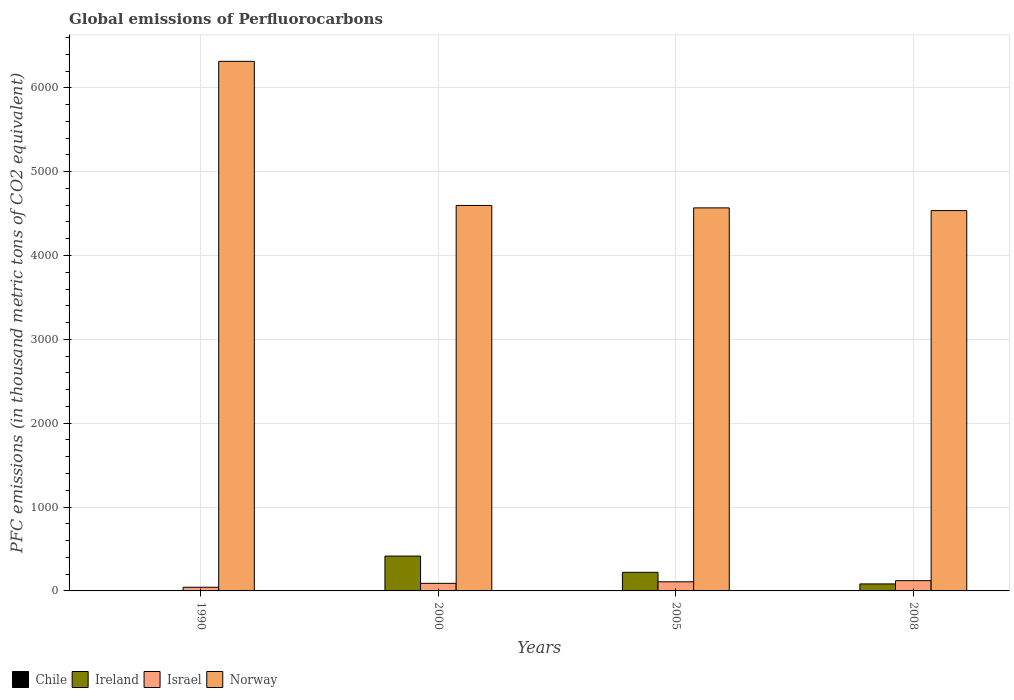
| Years | Chile | Ireland | Israel | Norway |
 | --- | --- | --- | --- | --- |
 | 1990 | 0.2 | 1.4 | 43.8 | 6.32e+03 |
 | 2000 | 0.2 | 416 | 90.5 | 4.6e+03 |
 | 2005 | 0.2 | 222 | 109 | 4.57e+03 |
 | 2008 | 0.2 | 83.6 | 122 | 4.54e+03 |